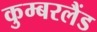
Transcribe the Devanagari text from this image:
कुम्बरलैंड